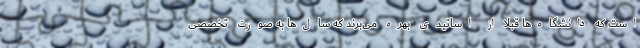
است که دانشگاه‌ها قبلا از اساتیدی بهره می‌برند که سال‌ها به صورت تخصصی